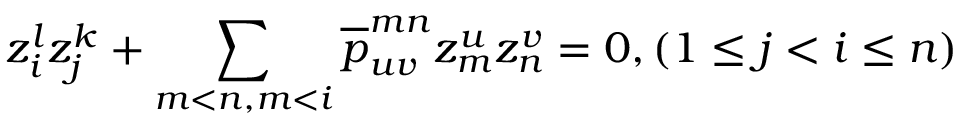
z _ { i } ^ { l } z _ { j } ^ { k } + \sum _ { m < n , m < i } \overline { { { p } } } _ { u v } ^ { m n } z _ { m } ^ { u } z _ { n } ^ { v } = 0 , ( 1 \leq j < i \leq n )